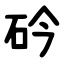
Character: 砛